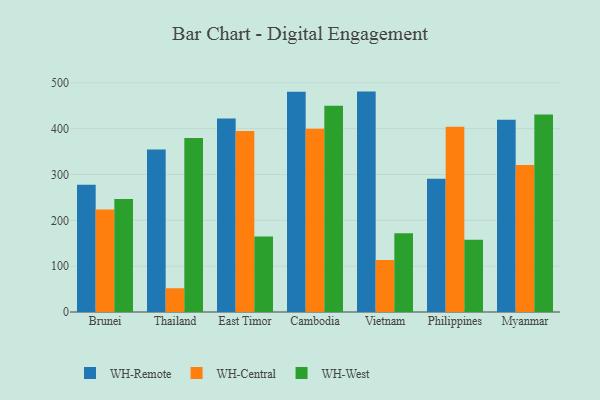
{"axis": {"x": "Country", "y": "Churn Rate (%)"}, "legend": ["WH-Central", "WH-Remote", "WH-West"], "data": [{"x": "Brunei", "y": 277.8, "type": "WH-Remote"}, {"x": "Brunei", "y": 223.7, "type": "WH-Central"}, {"x": "Brunei", "y": 246.8, "type": "WH-West"}, {"x": "Thailand", "y": 354.6, "type": "WH-Remote"}, {"x": "Thailand", "y": 51.8, "type": "WH-Central"}, {"x": "Thailand", "y": 379.8, "type": "WH-West"}, {"x": "East Timor", "y": 422.1, "type": "WH-Remote"}, {"x": "East Timor", "y": 395.2, "type": "WH-Central"}, {"x": "East Timor", "y": 164.9, "type": "WH-West"}, {"x": "Cambodia", "y": 480.7, "type": "WH-Remote"}, {"x": "Cambodia", "y": 399.8, "type": "WH-Central"}, {"x": "Cambodia", "y": 450.1, "type": "WH-West"}, {"x": "Vietnam", "y": 480.9, "type": "WH-Remote"}, {"x": "Vietnam", "y": 113.7, "type": "WH-Central"}, {"x": "Vietnam", "y": 171.6, "type": "WH-West"}, {"x": "Philippines", "y": 290.9, "type": "WH-Remote"}, {"x": "Philippines", "y": 404.4, "type": "WH-Central"}, {"x": "Philippines", "y": 157.4, "type": "WH-West"}, {"x": "Myanmar", "y": 419.4, "type": "WH-Remote"}, {"x": "Myanmar", "y": 320.8, "type": "WH-Central"}, {"x": "Myanmar", "y": 430.7, "type": "WH-West"}]}